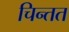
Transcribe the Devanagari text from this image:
चिन्तत